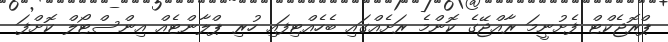
ޕްރޮޖެކްޓް ފެށުނީމަ ރާއްޖޭގެ ކޮންމެ ރަށެއްގައި ބެހެއްޓިފައި ހުރި ޕްލާންޓެއް އިންސްޓޯލް ކޮށްފަ